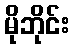
မိုဘိုင်း